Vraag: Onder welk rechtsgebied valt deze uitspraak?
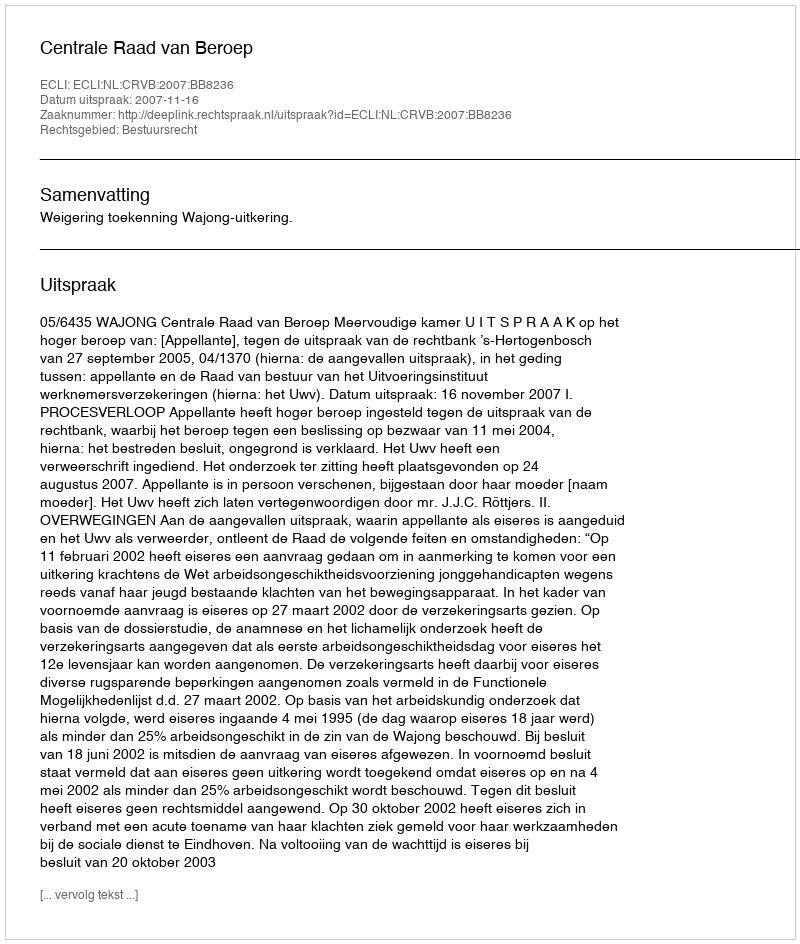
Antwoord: Bestuursrecht